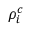
\rho _ { i } ^ { c }